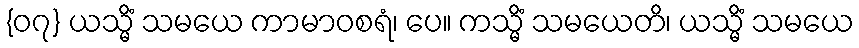
{၀၇} ယသ္မိံ သမယေ ကာမာဝစရံ၊ ပေ။ ကသ္မိံ သမယေတိ၊ ယသ္မိံ သမယေ